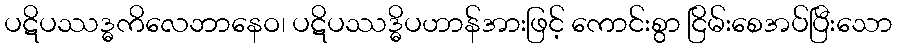
ပဋိပဿဒ္ဓကိလေဘာနေဝ၊ ပဋိပဿဒ္ဓိပဟာန်အားဖြင့် ကောင်းစွာ ငြိမ်းစေအပ်ပြီးသော